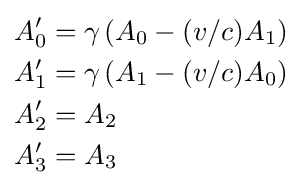
{\begin{aligned}A_{0}'&=\gamma \left(A_{0}-(v/c)A_{1}\right)\\A_{1}'&=\gamma \left(A_{1}-(v/c)A_{0}\right)\\A_{2}'&=A_{2}\\A_{3}'&=A_{3}\end{aligned}}